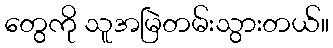
တွေကို သူအမြဲတမ်းသွားတယ်။